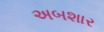
અબશાર